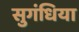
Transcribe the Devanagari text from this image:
सुगंधिया